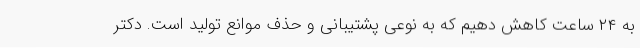
به ۲۴ ساعت کاهش دهیم که به نوعی پشتیبانی و حذف موانع تولید است. دکتر